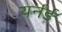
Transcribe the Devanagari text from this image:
यर्नर्ड